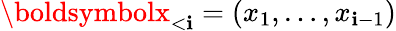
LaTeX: \boldsymbolx_{<\mathbf{i}}=(x_{1},\dots,x_{\mathbf{i}-1})